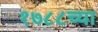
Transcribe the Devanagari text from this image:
१७८८च्या